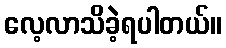
လေ့လာသိခဲ့ရပါတယ်။